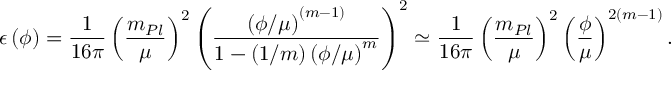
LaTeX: \epsilon \left( \phi \right) = { \frac { 1 } { 1 6 \pi } } \left( \frac { m _ { P l } } { \mu } \right) ^ { 2 } \left( { \frac { \left( \phi / \mu \right) ^ { ( m - 1 ) } } { 1 - \left( 1 / m \right) \left( \phi / \mu \right) ^ { m } } } \right) ^ { 2 } \simeq { \frac { 1 } { 1 6 \pi } } \left( \frac { m _ { P l } } { \mu } \right) ^ { 2 } \left( \frac { \phi } { \mu } \right) ^ { 2 ( m - 1 ) } .